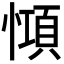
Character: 𢠷